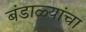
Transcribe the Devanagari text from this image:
बंडाळ्यांचा